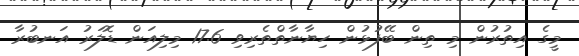
މީގެ އިތުރުން މި ތިން ބޭފުޅުން ހިޔާނާތްތެރިވި 17.6 މިލިއަން ޑޮލަރު އަނބުރާ